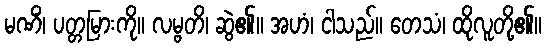
မဏိံ၊ ပတ္တမြားကို။ လမ္ဗတိ၊ ဆွဲ၏။ အဟံ၊ ငါသည်။ တေသံ၊ ထိုလူတို့၏။